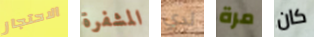
الاحتجاز المشفرة لدي مرة كان